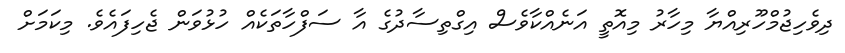
ދިވެހިޖުމްހޫރިއްޔާ މިހާރު މިއޮތީ އަނެއްކާވެސް އިގްތިސާދުގެ އާ ސަފްހާތަކެއް ހުޅުވަން ޖެހިފައެވެ. މިކަމަށް